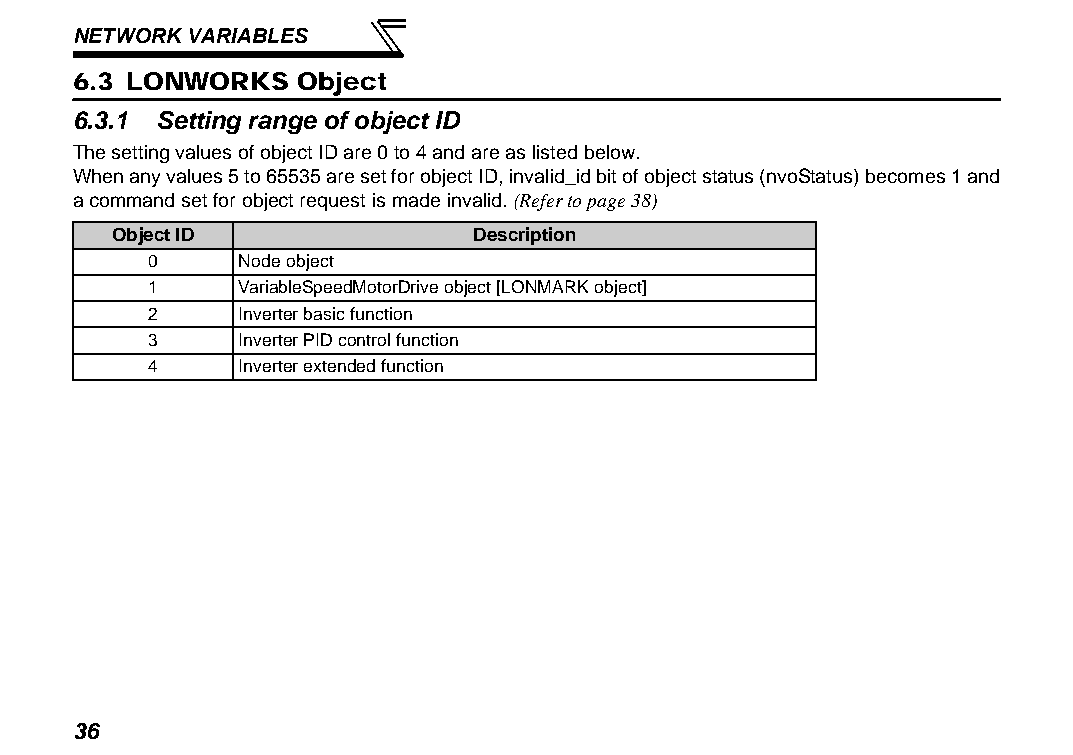
NETWORK VARIABLES
 6.3 LONWORKS   Object
 6.3.1 Setting range of object ID
 The setting values of object ID are 0 to 4 and are as listed below.
 When any values 5 to 65535 are set for object ID, invalid_id bit of object status (nvoStatus) becomes 1 and
 a command set for object request is made invalid. (Refer to page 38)
 Object ID               Description
 0     Node object
 1     VariableSpeedMotorDrive object [LONMARK object]
 2     Inverter basic function
 3     Inverter PID control function
 4     Inverter extended function
 36